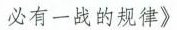
必有一战的规律》